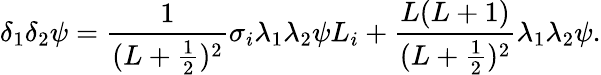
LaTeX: \delta_{1}\delta_{2}\psi=\frac{1}{(L+\frac{1}{2})^{2}}\sigma_{i}\lambda_{1}\lambda_{2}\psi L_{i}+\frac{L(L+1)}{(L+\frac{1}{2})^{2}}\lambda_{1}\lambda_{2}\psi.